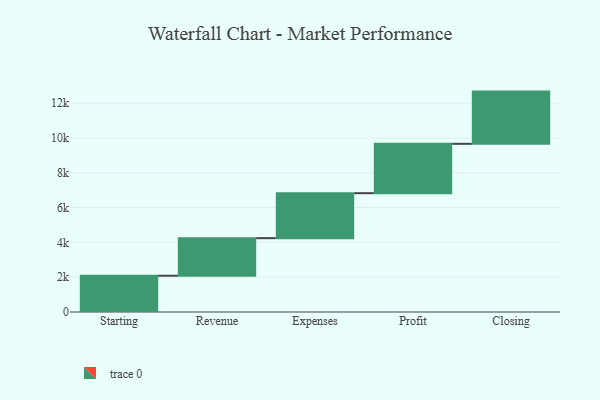
{"axis": {"x": "Step", "y": "Value"}, "legend": [""], "data": [{"x": "Starting", "y": 2084.0, "type": ""}, {"x": "Revenue", "y": 2159.0, "type": ""}, {"x": "Expenses", "y": 2585.0, "type": ""}, {"x": "Profit", "y": 2837.0, "type": ""}, {"x": "Closing", "y": 3000, "type": ""}]}